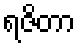
ရဇိတာ